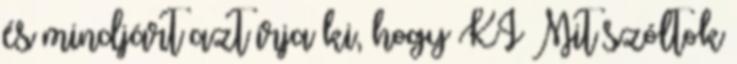
és mindjárt azt írja ki, hogy KI Mit szóltok